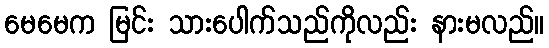
မေမေက မြင်း သားပေါက်သည်ကိုလည်း နားမလည်။